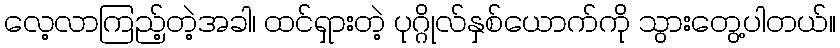
လေ့လာကြည့်တဲ့အခါ၊ ထင်ရှားတဲ့ ပုဂ္ဂိုလ်နှစ်ယောက်ကို သွားတွေ့ပါတယ်။